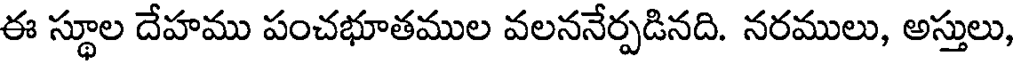
ఈ స్థూల దేహము పంచభూతముల వలననేర్పడినది. నరములు, అస్తులు,